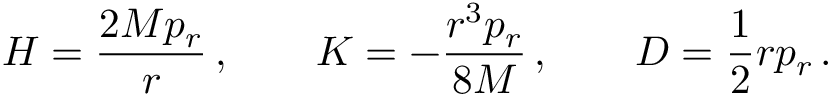
H = { \frac { 2 M p _ { r } } { r } } \, , \qquad K = - { \frac { r ^ { 3 } p _ { r } } { 8 M } } \, , \qquad D = { \frac { 1 } { 2 } } r p _ { r } \, .